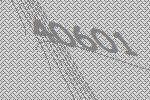
40601